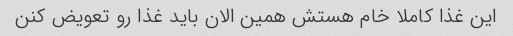
این غذا کاملا خام هستش همین الان باید غذا رو تعویض کنن